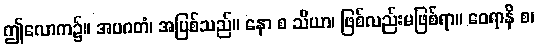
ဤလောက၌။ အပဂတံ၊ အပြစ်သည်။ နော စ သိယာ၊ ဖြစ်လည်းမဖြစ်ရာ။ ဝေရာနိ စ၊